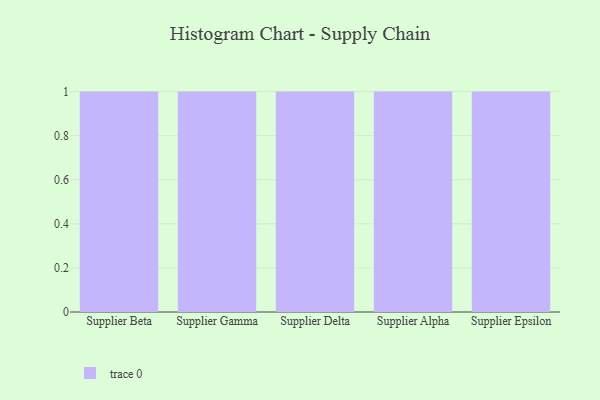
{"axis": {"x": "Supplier", "y": "Churn Rate (%)"}, "legend": [""], "data": [{"x": "Supplier Beta", "y": 18, "type": ""}, {"x": "Supplier Gamma", "y": 82, "type": ""}, {"x": "Supplier Delta", "y": 63, "type": ""}, {"x": "Supplier Alpha", "y": 4, "type": ""}, {"x": "Supplier Epsilon", "y": 87, "type": ""}]}